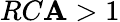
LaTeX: RC\mathbf{A}>1